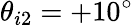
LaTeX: \theta_{i2}=+10^{\circ}